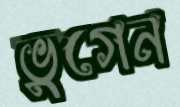
ভুগেন